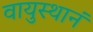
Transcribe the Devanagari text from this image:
वायुस्थानं